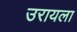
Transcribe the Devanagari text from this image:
उरायला